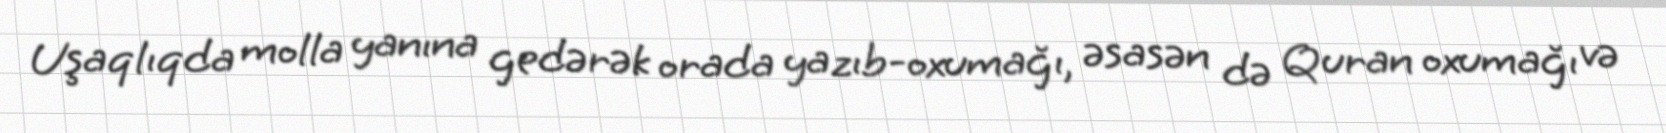
Uşaqlıqda molla yanına gedərək orada yazıb-oxumağı, əsasən də Quran oxumağı və